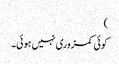
)
کوئی کمزوری نہیں ہوئی۔